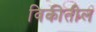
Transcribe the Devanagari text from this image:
विकीतील